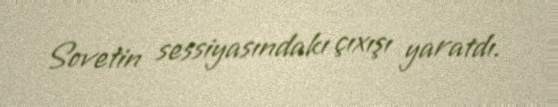
Sovetin sessiyasındakı çıxışı yaratdı.